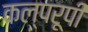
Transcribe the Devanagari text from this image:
कल्परूपी